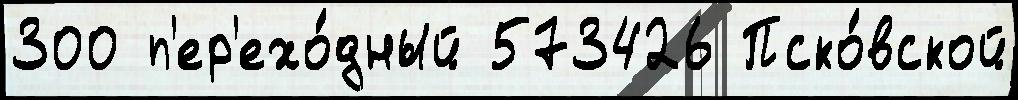
300 п'ер'ехо́дный 573426 Пско́вской